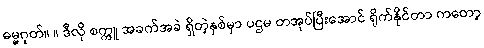
ဓမ္မဂုတ်။ ။ ဒီလို စက္ကူ အခက်အခဲ ရှိတဲ့နှစ်မှာ ပဌမ တအုပ်ပြီးအောင် ရိုက်နိုင်တာ ကတော့